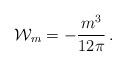
LaTeX: \begin{align*}{\cal W}_m =-\frac {m^3}{12\pi} \,.\end{align*}